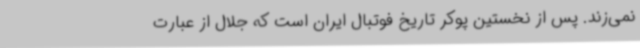
نمی‌زند. پس از نخستین پوکر تاریخ فوتبال ایران است که جلال از عبارت